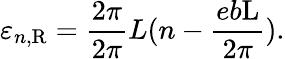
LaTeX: \varepsilon_{n,\mathrm{R}}=\frac{2\pi}{2\pi}{L}(n-\frac{eb\mathrm{L}}{2\pi}).